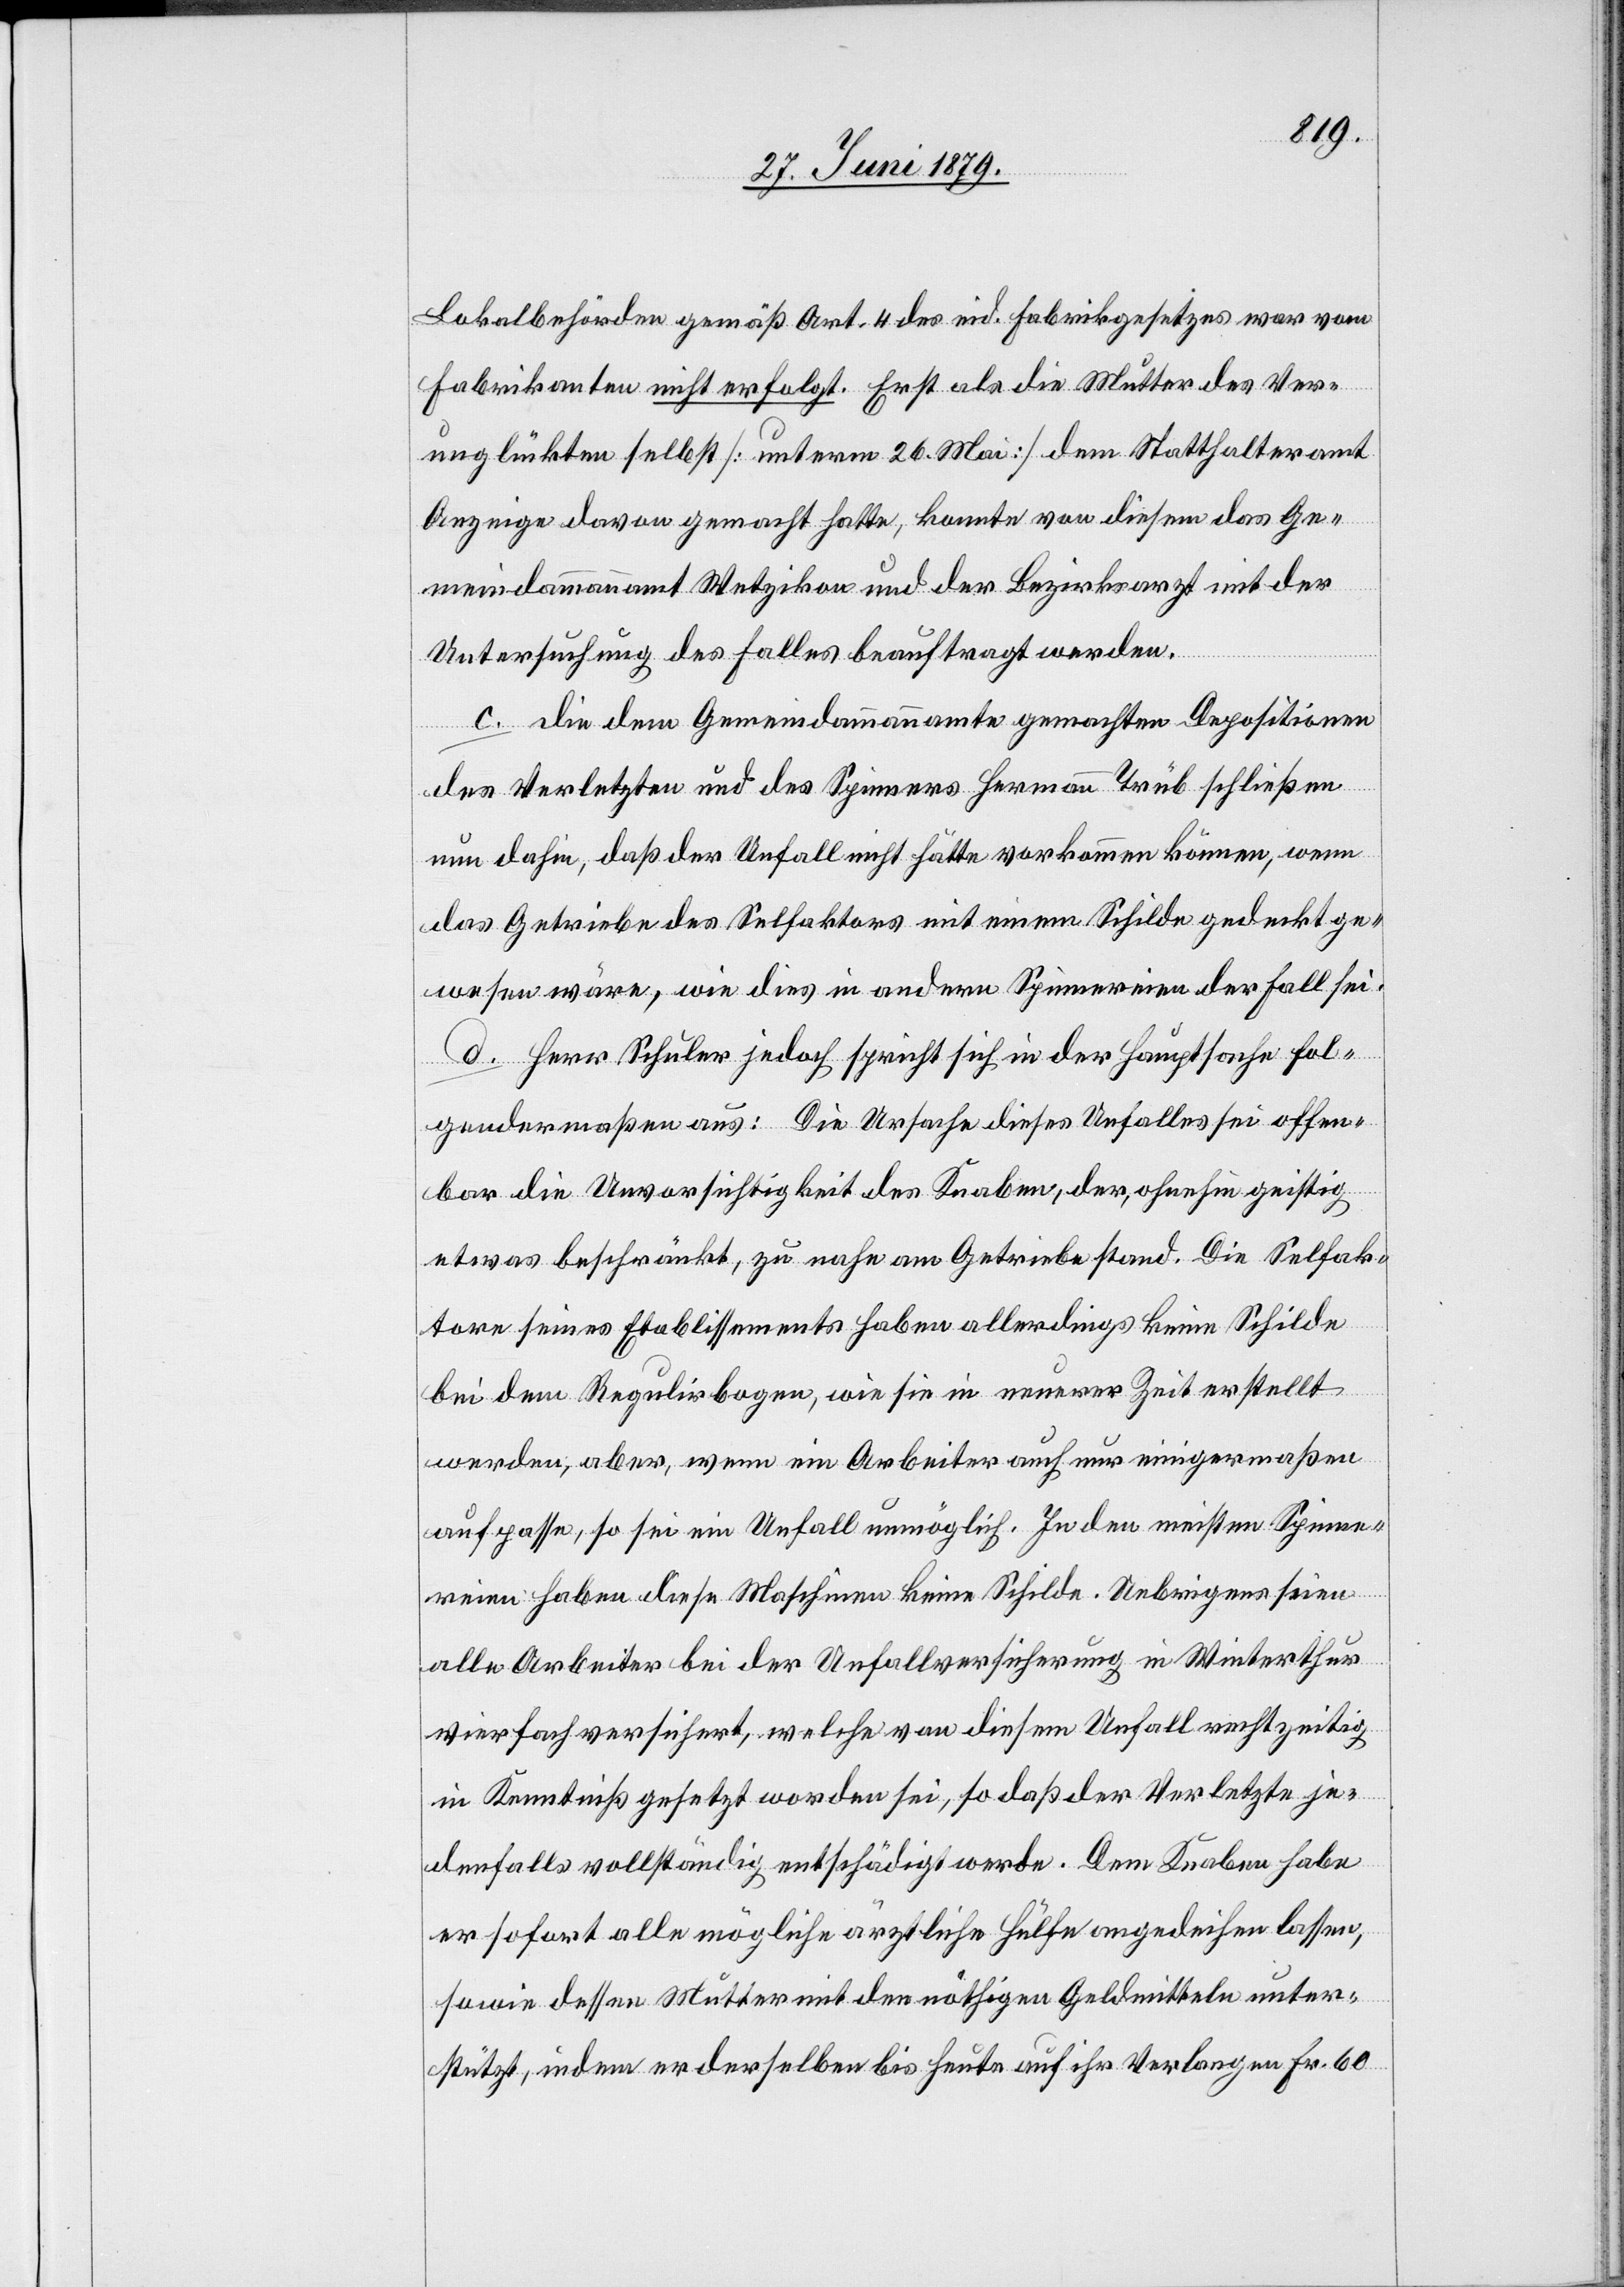
Lokalbehörden gemäß Art. 4 des eid. Fabrikgesetzes war vom
Fabrikanten nicht erfolgt. Erst als die Mutter des Ver¬
unglückten selbst [unterm 26. Mai] dem Statthalteramt
Anzeige davon gemacht hatte, konnte[n] von diesem das Ge¬
meindammannamt Wetzikon und der Bezirksarzt mit der
Untersuchung des Falles beauftragt werden.
c. Die dem Gemeindammannamte gemachten Depositionen
des Verletzten und des Spinners Hermann Trüb schließen
nun dahin, daß der Unfall nicht hätte vorkommen können, wenn
das Getriebe des Selfaktors mit einem Schilde gedeckt ge¬
wesen wäre, wie dies in andern Spinnereien der Fall sei.
d. Herr Schuler jedoch spricht sich in der Hauptsache fol¬
gendermaßen aus: Die Ursache dieses Unfalles sei offen¬
bar die Unvorsichtigkeit des Knaben, der, ohnehin geistig
etwas beschränkt, zu nahe am Getriebe stand. Die Selfak¬
tore seines Etablissements haben allerdings keine Schilde
bei dem Regulirbogen, wie sie in neuerer Zeit erstellt
werden, aber, wenn ein Arbeiter auch nur einigermaßen
aufpasse, so sei ein Unfall unmöglich. In den meisten Spinne¬
reien haben diese Maschinen keine Schilde. Uebrigens seien
alle Arbeiter bei der Unfallversicherung in Winterthur
vierfach versichert, welche von diesem Unfall rechtzeitig
in Kenntniß gesetzt worden sei, so daß der Verletzte je¬
denfalls vollständig entschädigt werde. Dem Knaben habe
er sofort alle mögliche ärztliche Hülfe angedeihen lassen,
sowie dessen Mutter mit den nöthigen Geldmitteln unter¬
stützt, indem er derselben bis heute auf ihr Verlangen Fr. 60